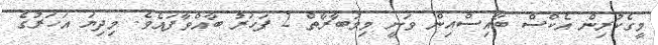
މީގެކުރިން އެކްސް ބޯއިސްއިން ވަނީ މިމުބާރާތް 2 ފަހަރު ބާއްވާފައެވެ. މިދިޔަ އަހަރުގެ